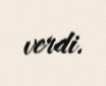
verdi.